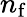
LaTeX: n_{\mathrm{f}}